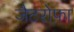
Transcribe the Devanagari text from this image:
जैटरोफ़ा